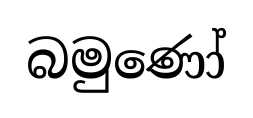
බමුණෝ